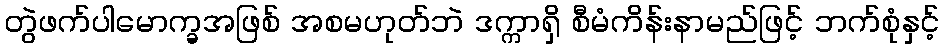
တွဲဖက်ပါမောက္ခအဖြစ် အစမဟုတ်ဘဲ ဒက္ကာရှိ စီမံကိန်းနာမည်ဖြင့် ဘက်စုံနှင့်